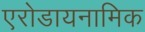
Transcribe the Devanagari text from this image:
एरोडायनामिक